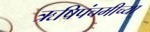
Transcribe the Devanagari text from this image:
ऋषिपंचमीच्या